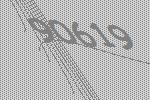
90619